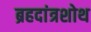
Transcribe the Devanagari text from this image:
ब्रहदांत्रशोथ